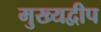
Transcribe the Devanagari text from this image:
मुख्यद्वीप